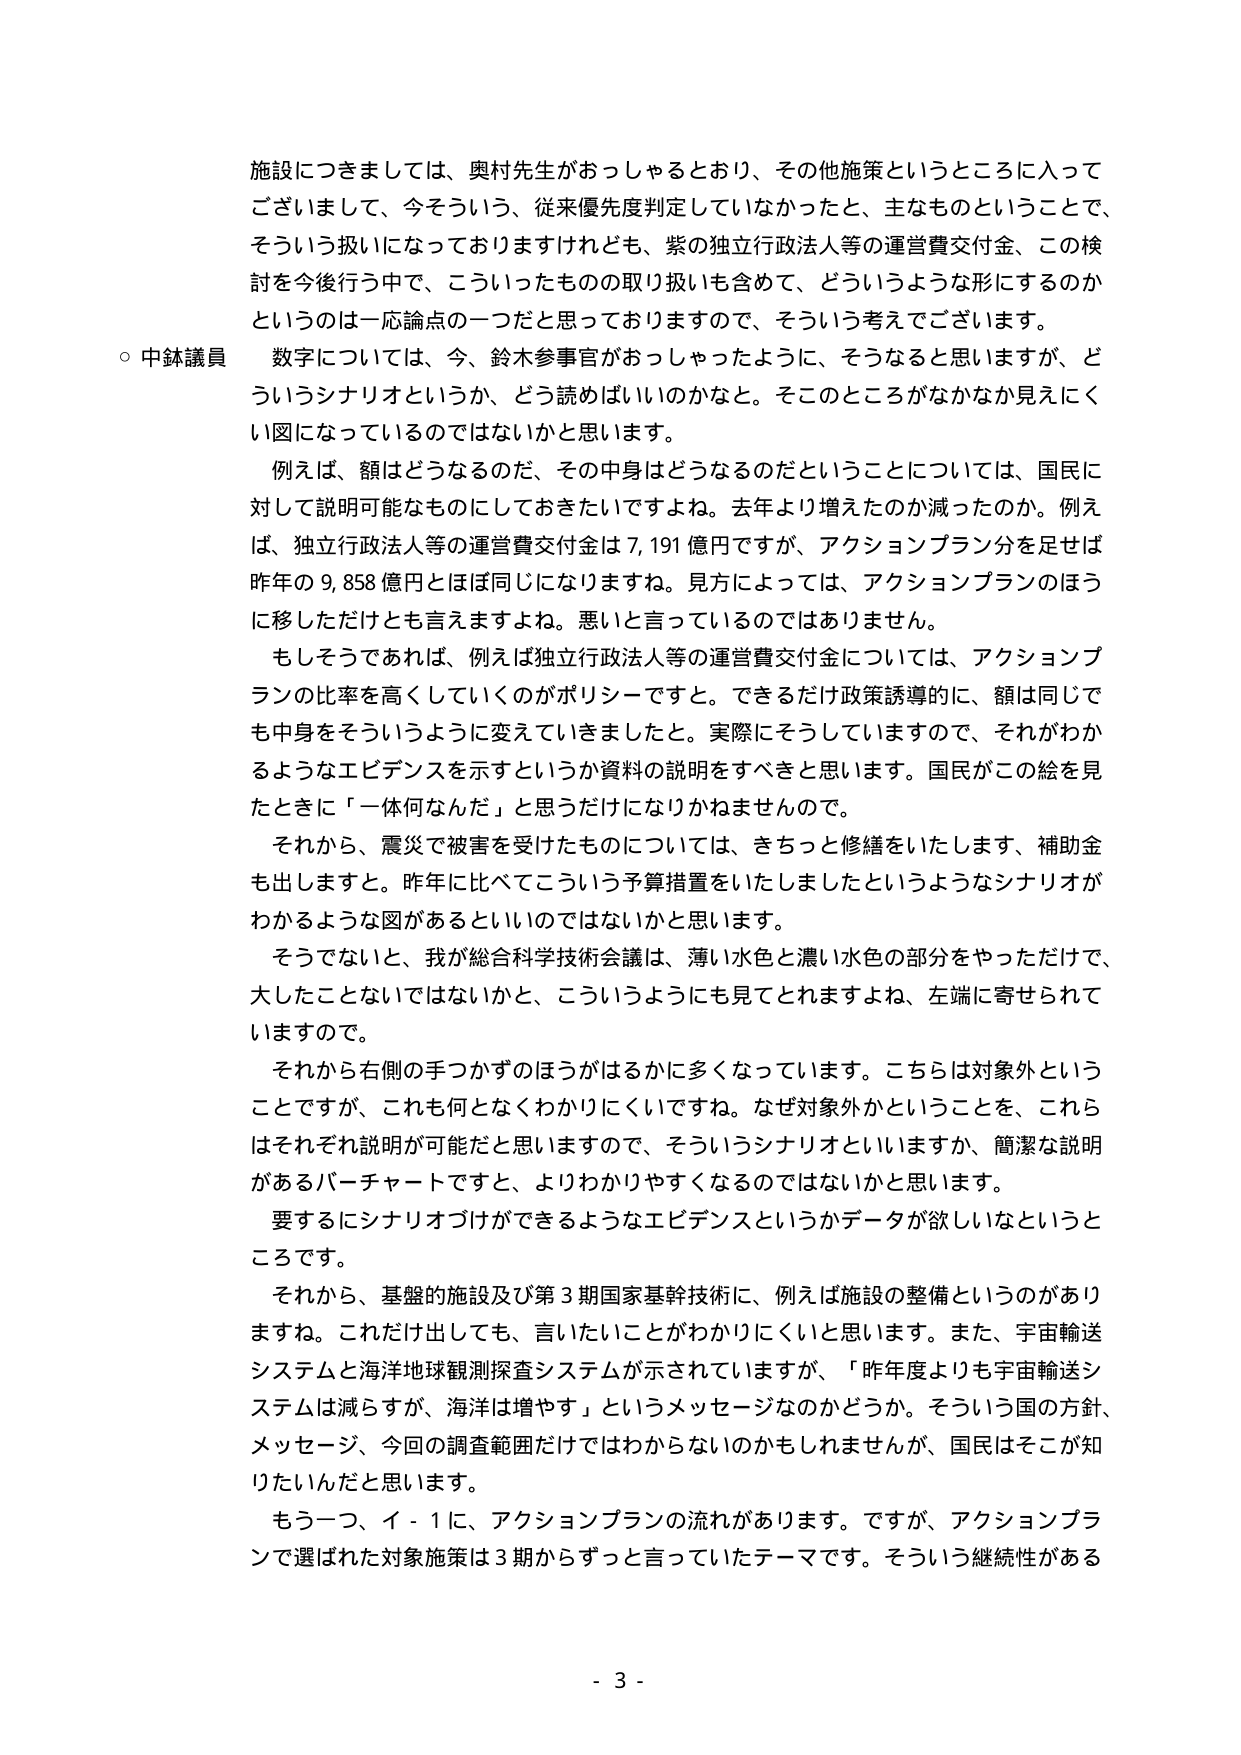
施設につきましては、奥村先生がおっしゃるとおり、その他施策というところに入ってございまして、今そういう、従来優先度判定していなかったと、主なものということで、そういう扱いになっておりますけれども、紫の独立行政法人等の運営費交付金、この検討を今後行う中で、こういったものの取り扱いも含めて、どういうような形にするのかというのは一応論点の一つだと思っておりますので、そういう考えでございます。

○中鉢議員　数字については、今、鈴木参事官がおっしゃったように、そうなると思いますが、どういうシナリオというか、どう読めばいいのかなと。そこのところがなかなか見えにくい図になっているのではないかと思います。

　例えば、額はどうなるのだ、その中身はどうなるのだということについては、国民に対して説明可能なものにしておきたいですよね。去年より増えたのか減ったのか。例えば、独立行政法人等の運営費交付金は7,191億円ですが、アクションプラン分を足せば昨年の9,858億円とほぼ同じになりますね。見方によっては、アクションプランのほうに移しただけとも言えますよね。悪いと言っているのではありません。

　もしそうであれば、例えば独立行政法人等の運営費交付金については、アクションプランの比率を高くしていくのがポリシーですと。できるだけ政策誘導的に、額は同じでも中身をそういうように変えていきましたと。実際にそうしていますので、それがわかるようなエビデンスを示すというか資料の説明をすべきと思います。国民がこの絵を見たときに「一体何なんだ」と思うだけになりかねませんので。

　それから、震災で被害を受けたものについては、きちっと修繕をいたします、補助金も出しますと。昨年と比べてこういう予算措置をいたしましたというようなシナリオがわかるような図があるといいのではないかと思います。

　そうでないと、我が総合科学技術会議は、薄い水色と濃い水色の部分をやっただけで、大したことないではないかと、こういうようにも見てとれますよね、左端に寄せられていますので。

　それから右側の手つかずのほうがはるかに多くなっています。こちらは対象外ということですが、これも何となくわかりにくいですね。なぜ対象外かということを、これらはそれぞれ説明が可能だと思いますので、そういうシナリオといいますか、簡潔な説明があるバーチャートですと、よりわかりやすくなるのではないかと思います。

　要するにシナリオづけができるようなエビデンスというかデータが欲しいなというところです。

　それから、基盤的施設及び第3期国家基幹技術に、例えば施設の整備というのがありますね。これだけ出しても、言いたいことがわかりにくいと思います。また、宇宙輸送システムと海洋地球観測探査システムが示されていますが、「昨年度よりも宇宙輸送システムは減らすが、海洋は増やす」というメッセージなのかどうか。そういう国の方針、メッセージ、今回の調査範囲だけではわからないのかもしれませんが、国民はそこが知りたいんだと思います。

　もう一つ、イ－1に、アクションプランの流れがあります。ですが、アクションプランで選ばれた対象施策は3期からずっと言っていたテーマです。そういう継続性がある

- 3 -